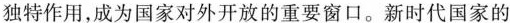
独特作用，成为国家对外开放的重要窗口。新时代国家的